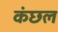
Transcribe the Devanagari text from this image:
कंछल